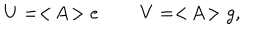
U = < \! A \! > e \: \: \: \: \: \: \: \: \: \: V = < \! A \! > g ,